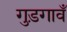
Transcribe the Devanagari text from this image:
गुड़गावँ